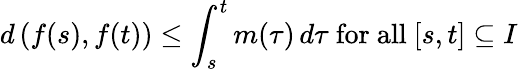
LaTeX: d\left(f(s),f(t)\right)\leq\int_{s}^{t}m(\tau)\, d\tau{\mathrm{~for~all~}}[s,t]\subseteq I